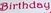
Birthday